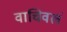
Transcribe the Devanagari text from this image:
वाचिवलं